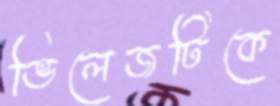
ভিলেজটিকে